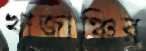
খাজাঞ্চির